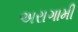
અરાગામી